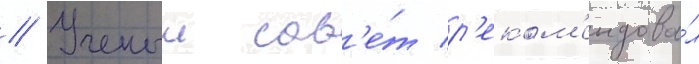
// Ученыи сов'е́т р'еком'ендова́л